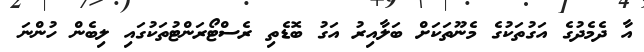
އާ ދެމެދުގެ އަގުތަކުގެ މެނޫތަކަށް ބަލާއިރު އަގު ބޮޑެތި ރެސްޓޯރަންޓުތަކުގައި ލިބެން ހުންނަ